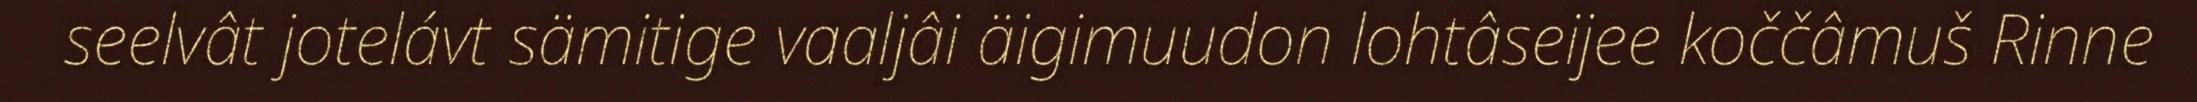
seelvât jotelávt sämitige vaaljâi äigimuudon lohtâseijee koččâmuš Rinne